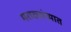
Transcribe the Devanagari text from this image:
मराठ्यांच्यात